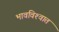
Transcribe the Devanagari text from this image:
भावविश्‍वात